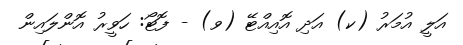
އަލީ އުމަރު (ކ) އަދި އޮއިއްޓޭ (ވ) - ފޮޓޯ: ހަވީރު އޮންލައިން